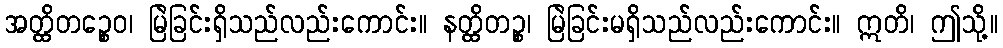
အတ္ထိတဉ္စေဝ၊ မြဲခြင်းရှိသည်လည်းကောင်း။ နတ္ထိတဉ္စ၊ မြဲခြင်းမရှိသည်လည်းကောင်း။ ဣတိ၊ ဤသို့။